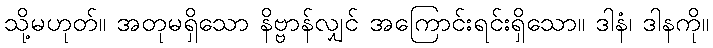
သို့မဟုတ်။ အတုမရှိသော နိဗ္ဗာန်လျှင် အကြောင်းရင်းရှိသော။ ဒါနံ၊ ဒါနကို။